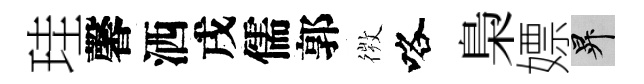
珪馨洒戌儒郭𢕄咯梟嫖升